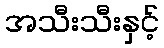
အသီးသီးနှင့်